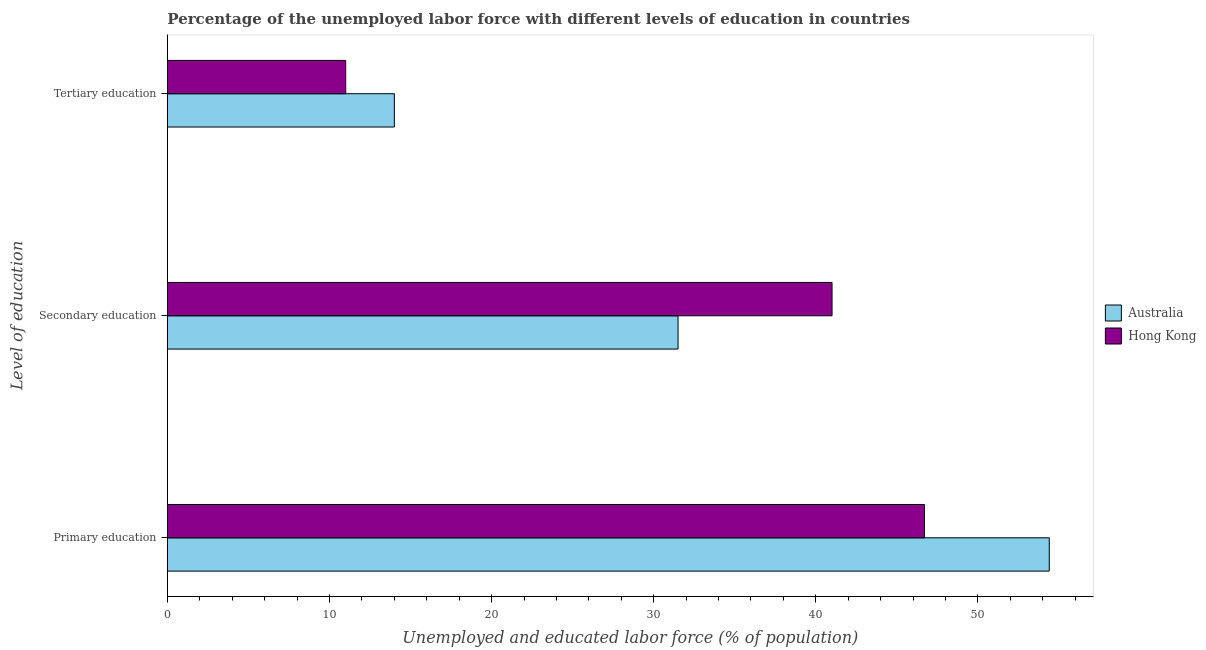
| Level of education | Australia | Hong Kong |
 | --- | --- | --- |
 | Primary education | 54.4 | 46.7 |
 | Secondary education | 31.5 | 41 |
 | Tertiary education | 14 | 11 |